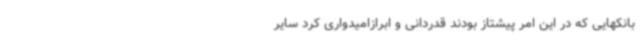
بانکهایی که در این امر پیشتاز بودند قدردانی و ابرازامیدواری کرد سایر